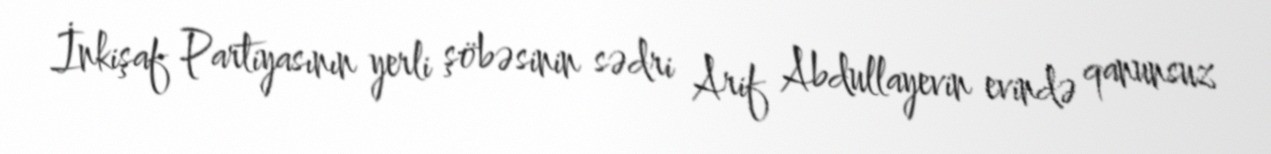
İnkişaf Partiyasının yerli şöbəsinin sədri Arif Abdullayevin evində qanunsuz